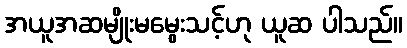
အယူအဆမျိုးမမွေးသင့်ဟု ယူဆ ပါသည်။